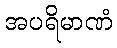
အပရိမာဏံ